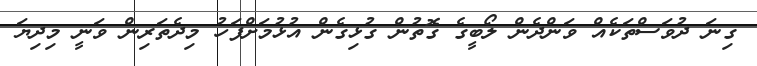
ގިނަ ދުވަސްތަކެއް ވަންދެން ލޯބީގެ ގޮތުން ގުޅިގެން އުޅުމަށްފަހު މިދެތަރިން ވަނީ މިދިޔަ